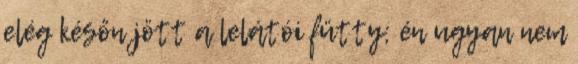
elég későn jött a lelátói fütty; én ugyan nem